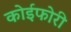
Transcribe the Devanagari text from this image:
कोईफोरी